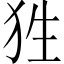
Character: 狌